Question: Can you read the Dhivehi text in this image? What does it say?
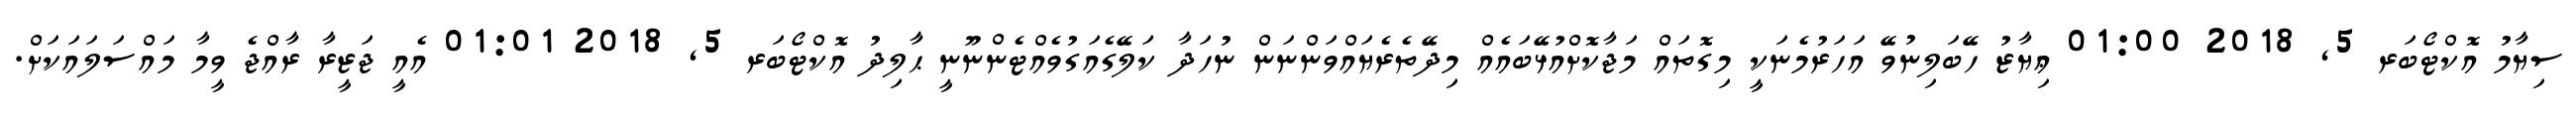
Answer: ސިޔާމު އޮކްޓޯބަރ 5, 2018 01:00 ޢިޔާޒު ހޭބަލިނުވޭ އަހަރުމެނަކީ މިގޮތައް މަޖާކޮށްއުޅޭބައެއް މިދޭތެރެޔައްވަންނަން ނުހަދާ ކަލޭގެއަގުވެއްޓެންނޫނީ ޙާލިދު އޮކްޓޯބަރ 5, 2018 01:01 އެއީ ޖަޒީރާ ރާއްޖެ ވީމާ މައްސަލައަކަށް.